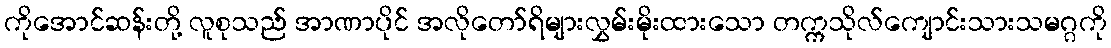
ကိုအောင်ဆန်းတို့ လူစုသည် အာဏာပိုင် အလိုတော်ရိများလွှမ်းမိုးထားသော တက္ကသိုလ်ကျောင်းသားသမဂ္ဂကို